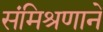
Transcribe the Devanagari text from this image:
संमिश्रणाने